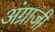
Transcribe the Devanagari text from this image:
अंग्राजी